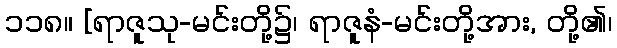
၁၁၈။ [ရာဇူသု-မင်းတို့၌၊ ရာဇူနံ-မင်းတို့အား, တို့၏၊